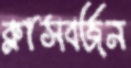
ক্লাসবর্জন